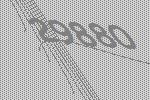
29880